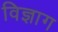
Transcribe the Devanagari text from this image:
विज्ञाग